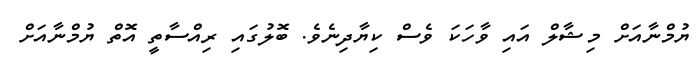
ޔުމްނާއަށް މިޝާލް އައި ވާހަކަ ވެސް ކިޔާދިނެވެ. ބޮލުގައި ރިއްސާތީ އޮތް ޔުމްނާއަށް